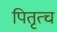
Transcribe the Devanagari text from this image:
पितृत्च